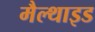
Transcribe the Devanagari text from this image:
मैल्थाइड